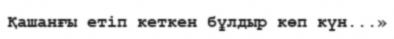
Қашанғы етіп кеткен бұлдыр көп күн...»